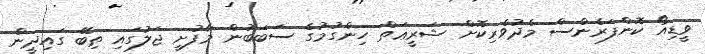
ވީޑިއޯ ކޮންފަރެންސް މެދުވެރިކޮށް ޝަރީޢަތް ހިންގުމުގެ ސަބަބުން މާފުށީ ޖަލުގައި ތިބޭ ގައިދީން